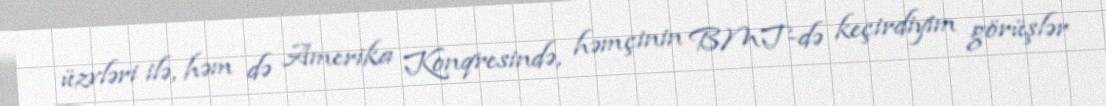
üzvləri ilə, həm də Amerika Konqresində, həmçinin BMT-də keçirdiyim görüşlər